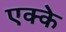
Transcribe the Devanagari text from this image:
एक्के